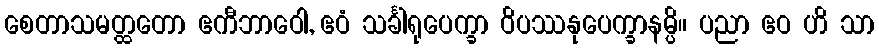
စေတာသမတ္ထတော ဧကီဘာဝေါ, ဧဝံ သင်္ခါရုပေက္ခာ ဝိပဿနုပေက္ခာနမ္ပိ။ ပညာ ဧဝ ဟိ သာ